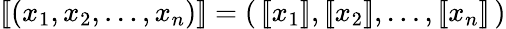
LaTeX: [\! [(x_{1},x_{2},\ldots,x_{n})]\! ]=(\, [\! [x_{1}]\! ],[\! [x_{2}]\! ],\ldots,[\! [x_{n}]\! ]\, )